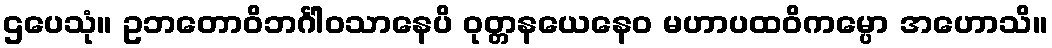
ဌပေသုံ။ ဥဘတောဝိဘင်္ဂါဝသာနေပိ ဝုတ္တနယေနေဝ မဟာပထဝိကမ္ပော အဟောသိ။